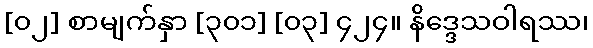
[၀၂] စာမျက်နှာ [၃၀၁] [၀၃] ၄၂၄။ နိဒ္ဒေသဝါရဿ၊